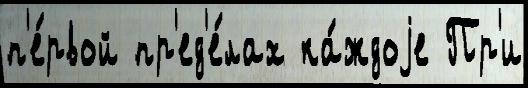
п'е́рвой пр'ед'е́лах ка́ждоjе Пр'и